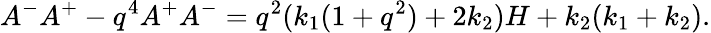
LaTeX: A^{-}A^{+}-q^{4}A^{+}A^{-}=q^{2}(k_{1}(1+q^{2})+2k_{2})H+k_{2}(k_{1}+k_{2}).